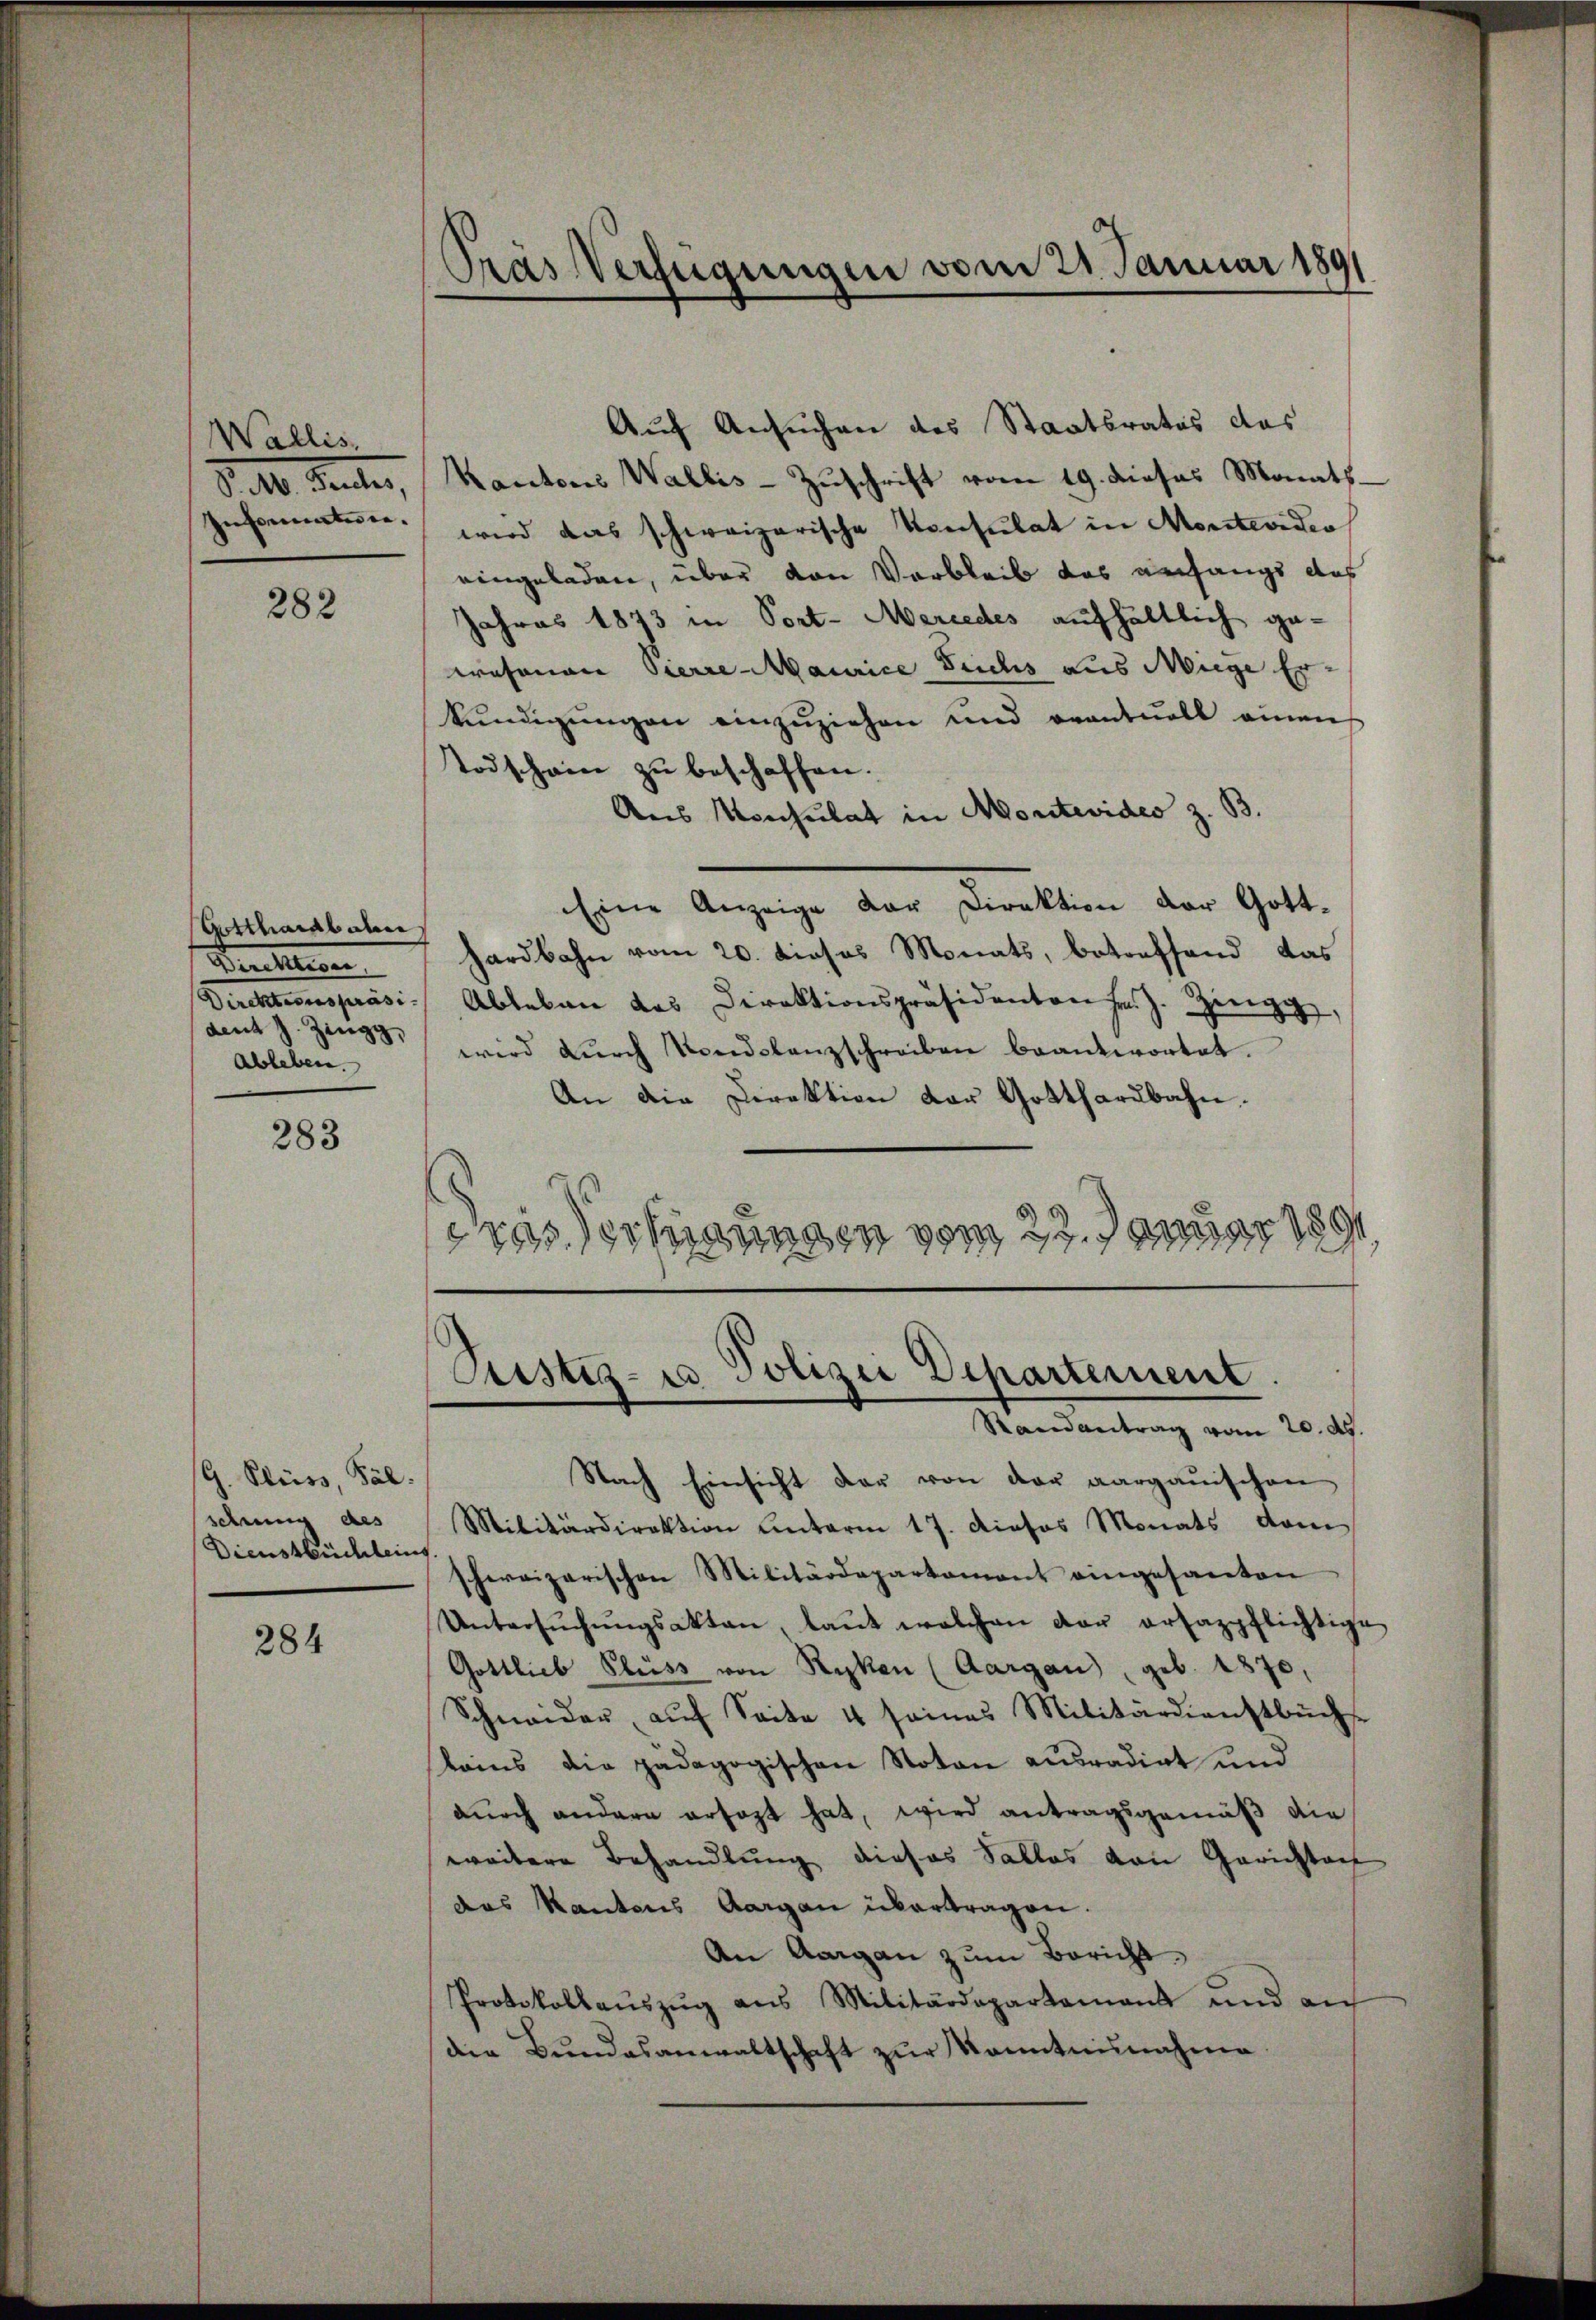
Wallis,
d. M. Senten,
Informaterie.

282

Gotthardbahn
Drechtigen
Brettungsra
dent J. Zingg,
Ableben.

283

G. Bleiss, Pal.
schrung des
Dienstbüchleins

284

Tras Verfügungen vom 21. Januar 1891

Auf Ansuchen des Staatsrates das
Kantons Wallis-Zuschrift vom 19. dieses Monats
wird das schweizerische Konsulat in Montevideo
eingeladen, über von Verbleib das anfangs das
Jahres 1873 in Port-Mercedes aufhältlich ge-
wesenen Pierre-Maurice Fuchs aus Miege Er-
kŭndigŭngen einzŭziehen und eventuell einen
Todschein zu beschaffen.
Aus Konsulat in Montevides z. B.
Eine Anzeige der Direktion der Gotthardbahn vom 20. dieses Monats, betreffend das
Ableben des Direktionspräsidenten fr. J. Ziege,
wird dŭrch Londolanzschreiben beantwortet.
An die Direktion der Gotthardbahn.
gresserungen vom 27. Januar 1891

Justiz- u Polizei Departement.
Randantrag vom 20. ds.

Nach Einsicht der von der aargauischen
Militärdirektion unterm 17. Dieses Monats dem
schweizerischen Militärdepartament eingesanten
Untersŭchŭngsakten, laŭt welchen der ertappflichtige
Gottlieb Fluss von Ryken (Aargau), geb. 1870,
Schneider aŭf Seite 4 seines Militärdienstbuchs
lains die pädagogischen Noton ausradirt und
dŭrch andern ersagt hat, wird antragsgemäß die
weitere Behandlung dieses Salles von Gerichten
das Kantons Aargau übertragen.
An Aargau zum Bericht
Protokollaŭszŭg ans Militärdepartamant und aŭf
die Bŭndesanwaltschaft zŭr Kenntninahen